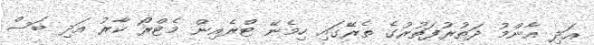
އަދި އާންމު ދަތުރުފަތުރުގެ ތެރޭގައި ހިމެނޭ ޓްރެއިން މެޓްރޯ ކާރު އަދި ބަސް